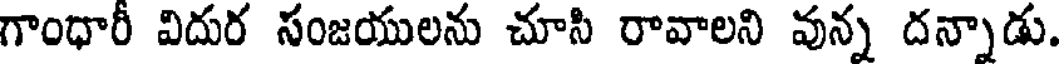
గాంధారీ విదుర సంజయులను చూసి రావాలని వున్న దన్నాడు.